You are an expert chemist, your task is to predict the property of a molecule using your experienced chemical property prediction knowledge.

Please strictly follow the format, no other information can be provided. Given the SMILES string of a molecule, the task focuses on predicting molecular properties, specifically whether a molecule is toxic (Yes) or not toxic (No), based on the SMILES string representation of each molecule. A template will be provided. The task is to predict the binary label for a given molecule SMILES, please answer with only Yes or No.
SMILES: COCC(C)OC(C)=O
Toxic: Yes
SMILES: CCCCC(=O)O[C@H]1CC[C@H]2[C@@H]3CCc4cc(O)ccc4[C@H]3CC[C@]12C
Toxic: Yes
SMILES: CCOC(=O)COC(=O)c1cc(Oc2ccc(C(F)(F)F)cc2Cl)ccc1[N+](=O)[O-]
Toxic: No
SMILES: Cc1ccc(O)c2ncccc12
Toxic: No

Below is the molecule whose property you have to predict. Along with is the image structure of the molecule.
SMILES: CC/C=C\CCCCCO
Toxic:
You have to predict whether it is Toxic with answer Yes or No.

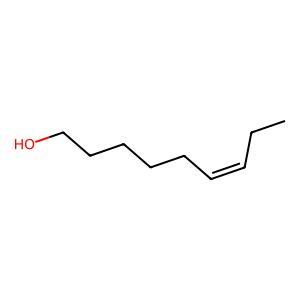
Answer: No